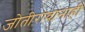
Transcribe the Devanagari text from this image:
जोतीरावांनाही